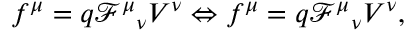
f ^ { \mu } = q \mathcal { F } ^ { \mu } { } _ { \nu } V ^ { \nu } \Leftrightarrow f ^ { \mu } = q \mathcal { F } ^ { \mu } { } _ { \nu } V ^ { \nu } ,